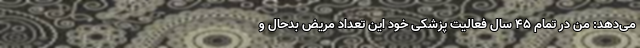
می‌دهد: من در تمام ۴۵ سال فعالیت پزشکی خود این تعداد مریض بدحال و